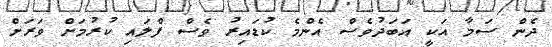
ދެން ސަމާ އަކީ އަބަދުވެސް އެންމެ ކުޑައިރު ވެސް ފްލައި ކުރުމަށް ވަރަށް